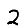
Digit: 2